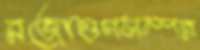
রজোগুণসম্পন্ন